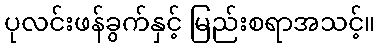
ပုလင်းဖန်ခွက်နှင့် မြည်းစရာအသင့်။